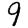
Digit: 9